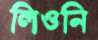
লিওনি